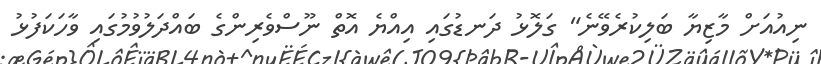
ނިއުއަށް މާޒިޔާ ބަލިކުރެވޭނެ" ގަލޮޅު ދަނޑުގައި އިއްޔެ އޮތް ނޫސްވެރިންގެ ބައްދަލުވުމުގައި ވާހަކަފުޅު